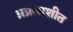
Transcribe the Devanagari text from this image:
अप्रकाशीत